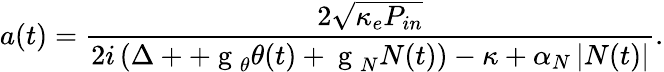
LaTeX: a(t)=\frac{2\sqrt{\kappa_{e}P_{in}}}{2i\left(\Delta++\mathrm{~g~}_{\theta}\theta(t)+\mathrm{~g~}_{N}N(t)\right)-\kappa+\alpha_{N}\left|N(t)\right|}.